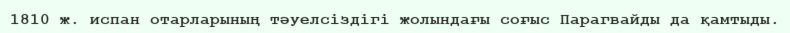
1810 ж. испан отарларының тәуелсіздігі жолындағы соғыс Парагвайды да қамтыды.